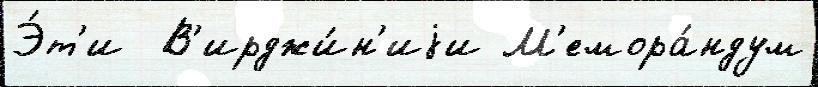
Э́т'и  В'ирджи́н'иjи М'емора́ндум